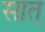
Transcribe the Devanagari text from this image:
सात्